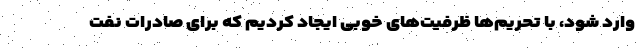
وارد شود، با تحریم‌ها ظرفیت‌های خوبی ایجاد کردیم که برای صادرات نفت